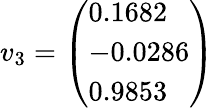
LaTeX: v_{3}={\left(\begin{array}{l}{0.1682}\\ {-0.0286}\\ {0.9853}\end{array}\right)}